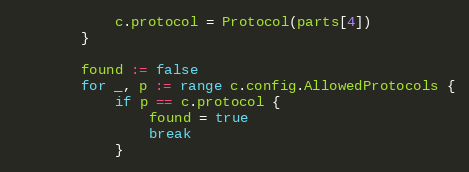
Language: Go
			c.protocol = Protocol(parts[4])
		}

		found := false
		for _, p := range c.config.AllowedProtocols {
			if p == c.protocol {
				found = true
				break
			}